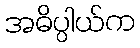
အဓိပ္ပါယ်က